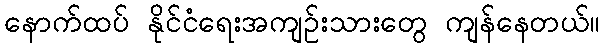
နောက်ထပ် နိုင်ငံရေးအကျဉ်းသားတွေ ကျန်နေတယ်။